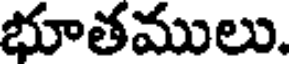
భూతములు.